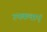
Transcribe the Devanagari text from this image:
उपकथाएं